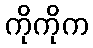
ကိုကိုက